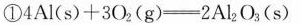
①$$4 A l ( s ) + 3 O_{2} ( g ) = 2 A l_{2}